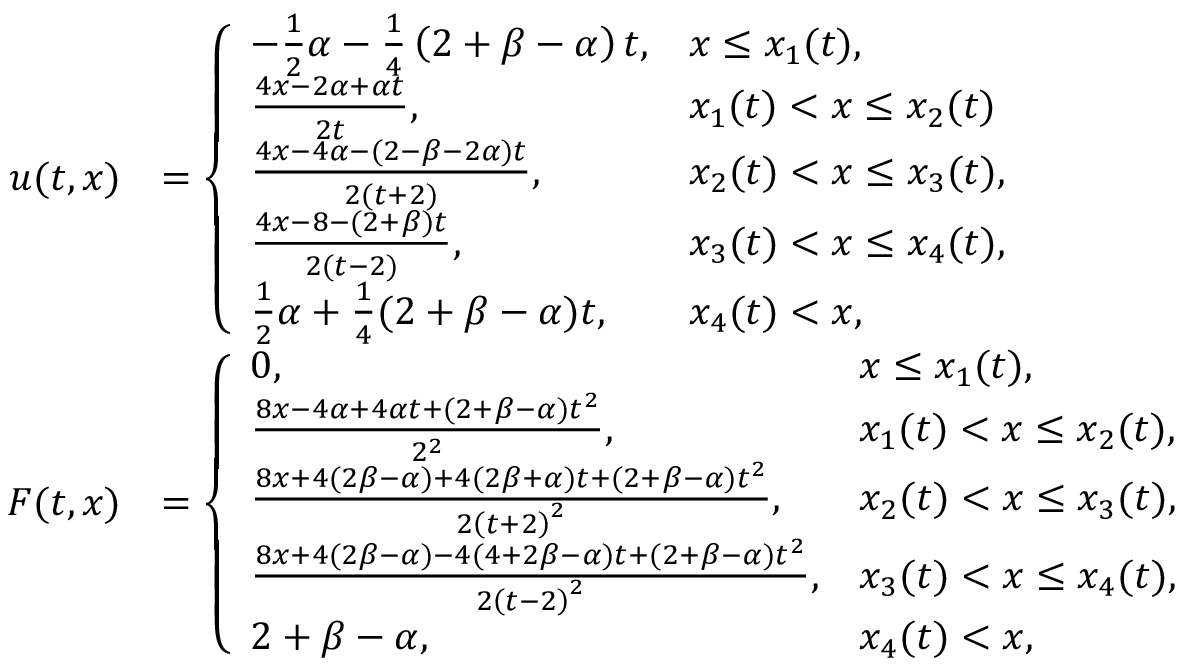
\begin{array} { r l } { u ( t , x ) } & { = \left\{ \begin{array} { l l } { - \frac 1 2 \alpha - \frac { 1 } { 4 } \left( 2 + \beta - \alpha \right) t , } & { x \leq x _ { 1 } ( t ) , } \\ { \frac { 4 x - 2 \alpha + \alpha t } { 2 t } , } & { x _ { 1 } ( t ) < x \leq x _ { 2 } ( t ) } \\ { \frac { 4 x - 4 \alpha - ( 2 - \beta - 2 \alpha ) t } { 2 ( t + 2 ) } , } & { x _ { 2 } ( t ) < x \leq x _ { 3 } ( t ) , } \\ { \frac { 4 x - 8 - ( 2 + \beta ) t } { 2 ( t - 2 ) } , } & { x _ { 3 } ( t ) < x \leq x _ { 4 } ( t ) , } \\ { \frac { 1 } { 2 } \alpha + \frac 1 4 ( 2 + \beta - \alpha ) t , } & { x _ { 4 } ( t ) < x , } \end{array} \right. } \\ { F ( t , x ) } & { = \left\{ \begin{array} { l l } { 0 , } & { x \leq x _ { 1 } ( t ) , } \\ { \frac { 8 x - 4 \alpha + 4 \alpha t + ( 2 + \beta - \alpha ) t ^ { 2 } } { 2 ^ { 2 } } , } & { x _ { 1 } ( t ) < x \leq x _ { 2 } ( t ) , } \\ { \frac { 8 x + 4 ( 2 \beta - \alpha ) + 4 ( 2 \beta + \alpha ) t + ( 2 + \beta - \alpha ) t ^ { 2 } } { 2 \left( t + 2 \right) ^ { 2 } } , } & { x _ { 2 } ( t ) < x \leq x _ { 3 } ( t ) , } \\ { \frac { 8 x + 4 ( 2 \beta - \alpha ) - 4 ( 4 + 2 \beta - \alpha ) t + ( 2 + \beta - \alpha ) t ^ { 2 } } { 2 \left( t - 2 \right) ^ { 2 } } , } & { x _ { 3 } ( t ) < x \leq x _ { 4 } ( t ) , } \\ { 2 + \beta - \alpha , } & { x _ { 4 } ( t ) < x , } \end{array} \right. } \end{array}